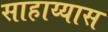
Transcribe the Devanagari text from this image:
साहाय्यास